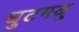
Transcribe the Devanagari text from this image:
घुटमळु